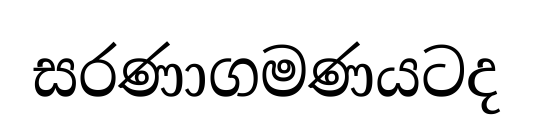
සරණාගමණයටද